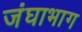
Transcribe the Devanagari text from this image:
जंघाभाग